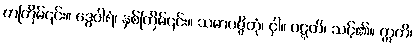
တကြိမ်၎င်း။ ဒွေဝါရံ၊ နှစ်ကြိမ်၎င်း။ သမာပဇ္ဇိတုံ၊ ငှါ။ ဝဋ္ဋတိ၊ သင့်၏။ ဣတိ၊